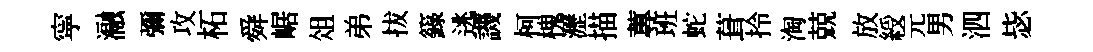
寜瀜彌攻柘舜崌俎弟拔籙逃譏柯槐瀝描蓴班蛇葺拎淘兢放綬元男泗毖